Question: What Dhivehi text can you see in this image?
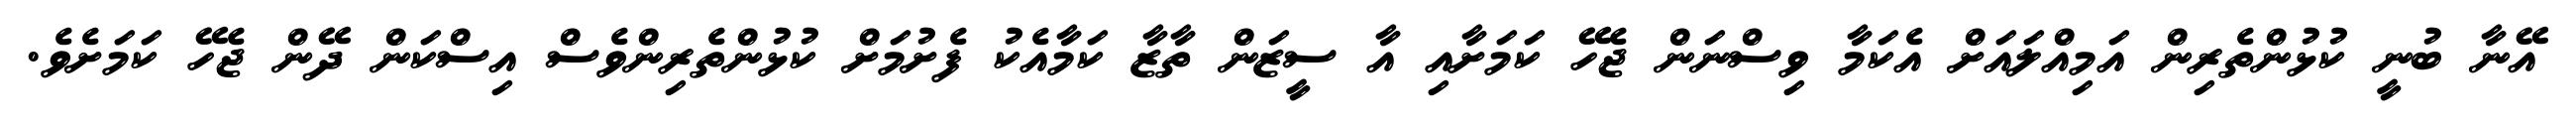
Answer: އޭނާ ބުނީ ކުޅުންތެރިން އަމިއްލައަށް އެކަމާ ވިސްނަން ޖެހޭ ކަމަށާއި އާ ސީޒަން ތާޒާ ކަމާއެކު ފެށުމަށް ކުޅުންތެރިންވެސް އިސްކަން ދޭން ޖެހޭ ކަމަށެވެ.